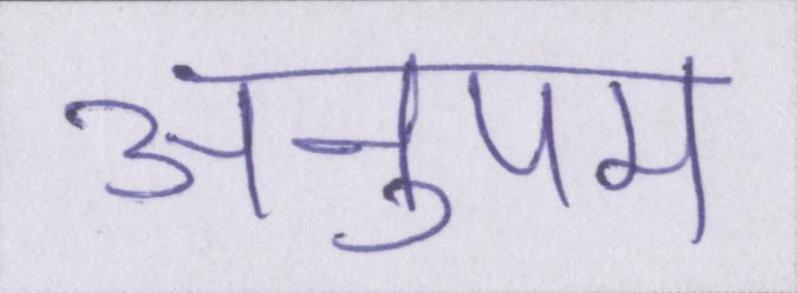
अनुपम